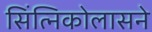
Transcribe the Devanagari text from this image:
सिंत्निकोलासने